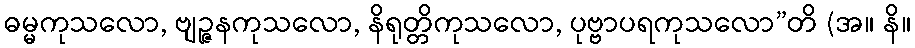
ဓမ္မကုသလော, ဗျဉ္ဇနကုသလော, နိရုတ္တိကုသလော, ပုဗ္ဗာပရကုသလော”တိ (အ။ နိ။